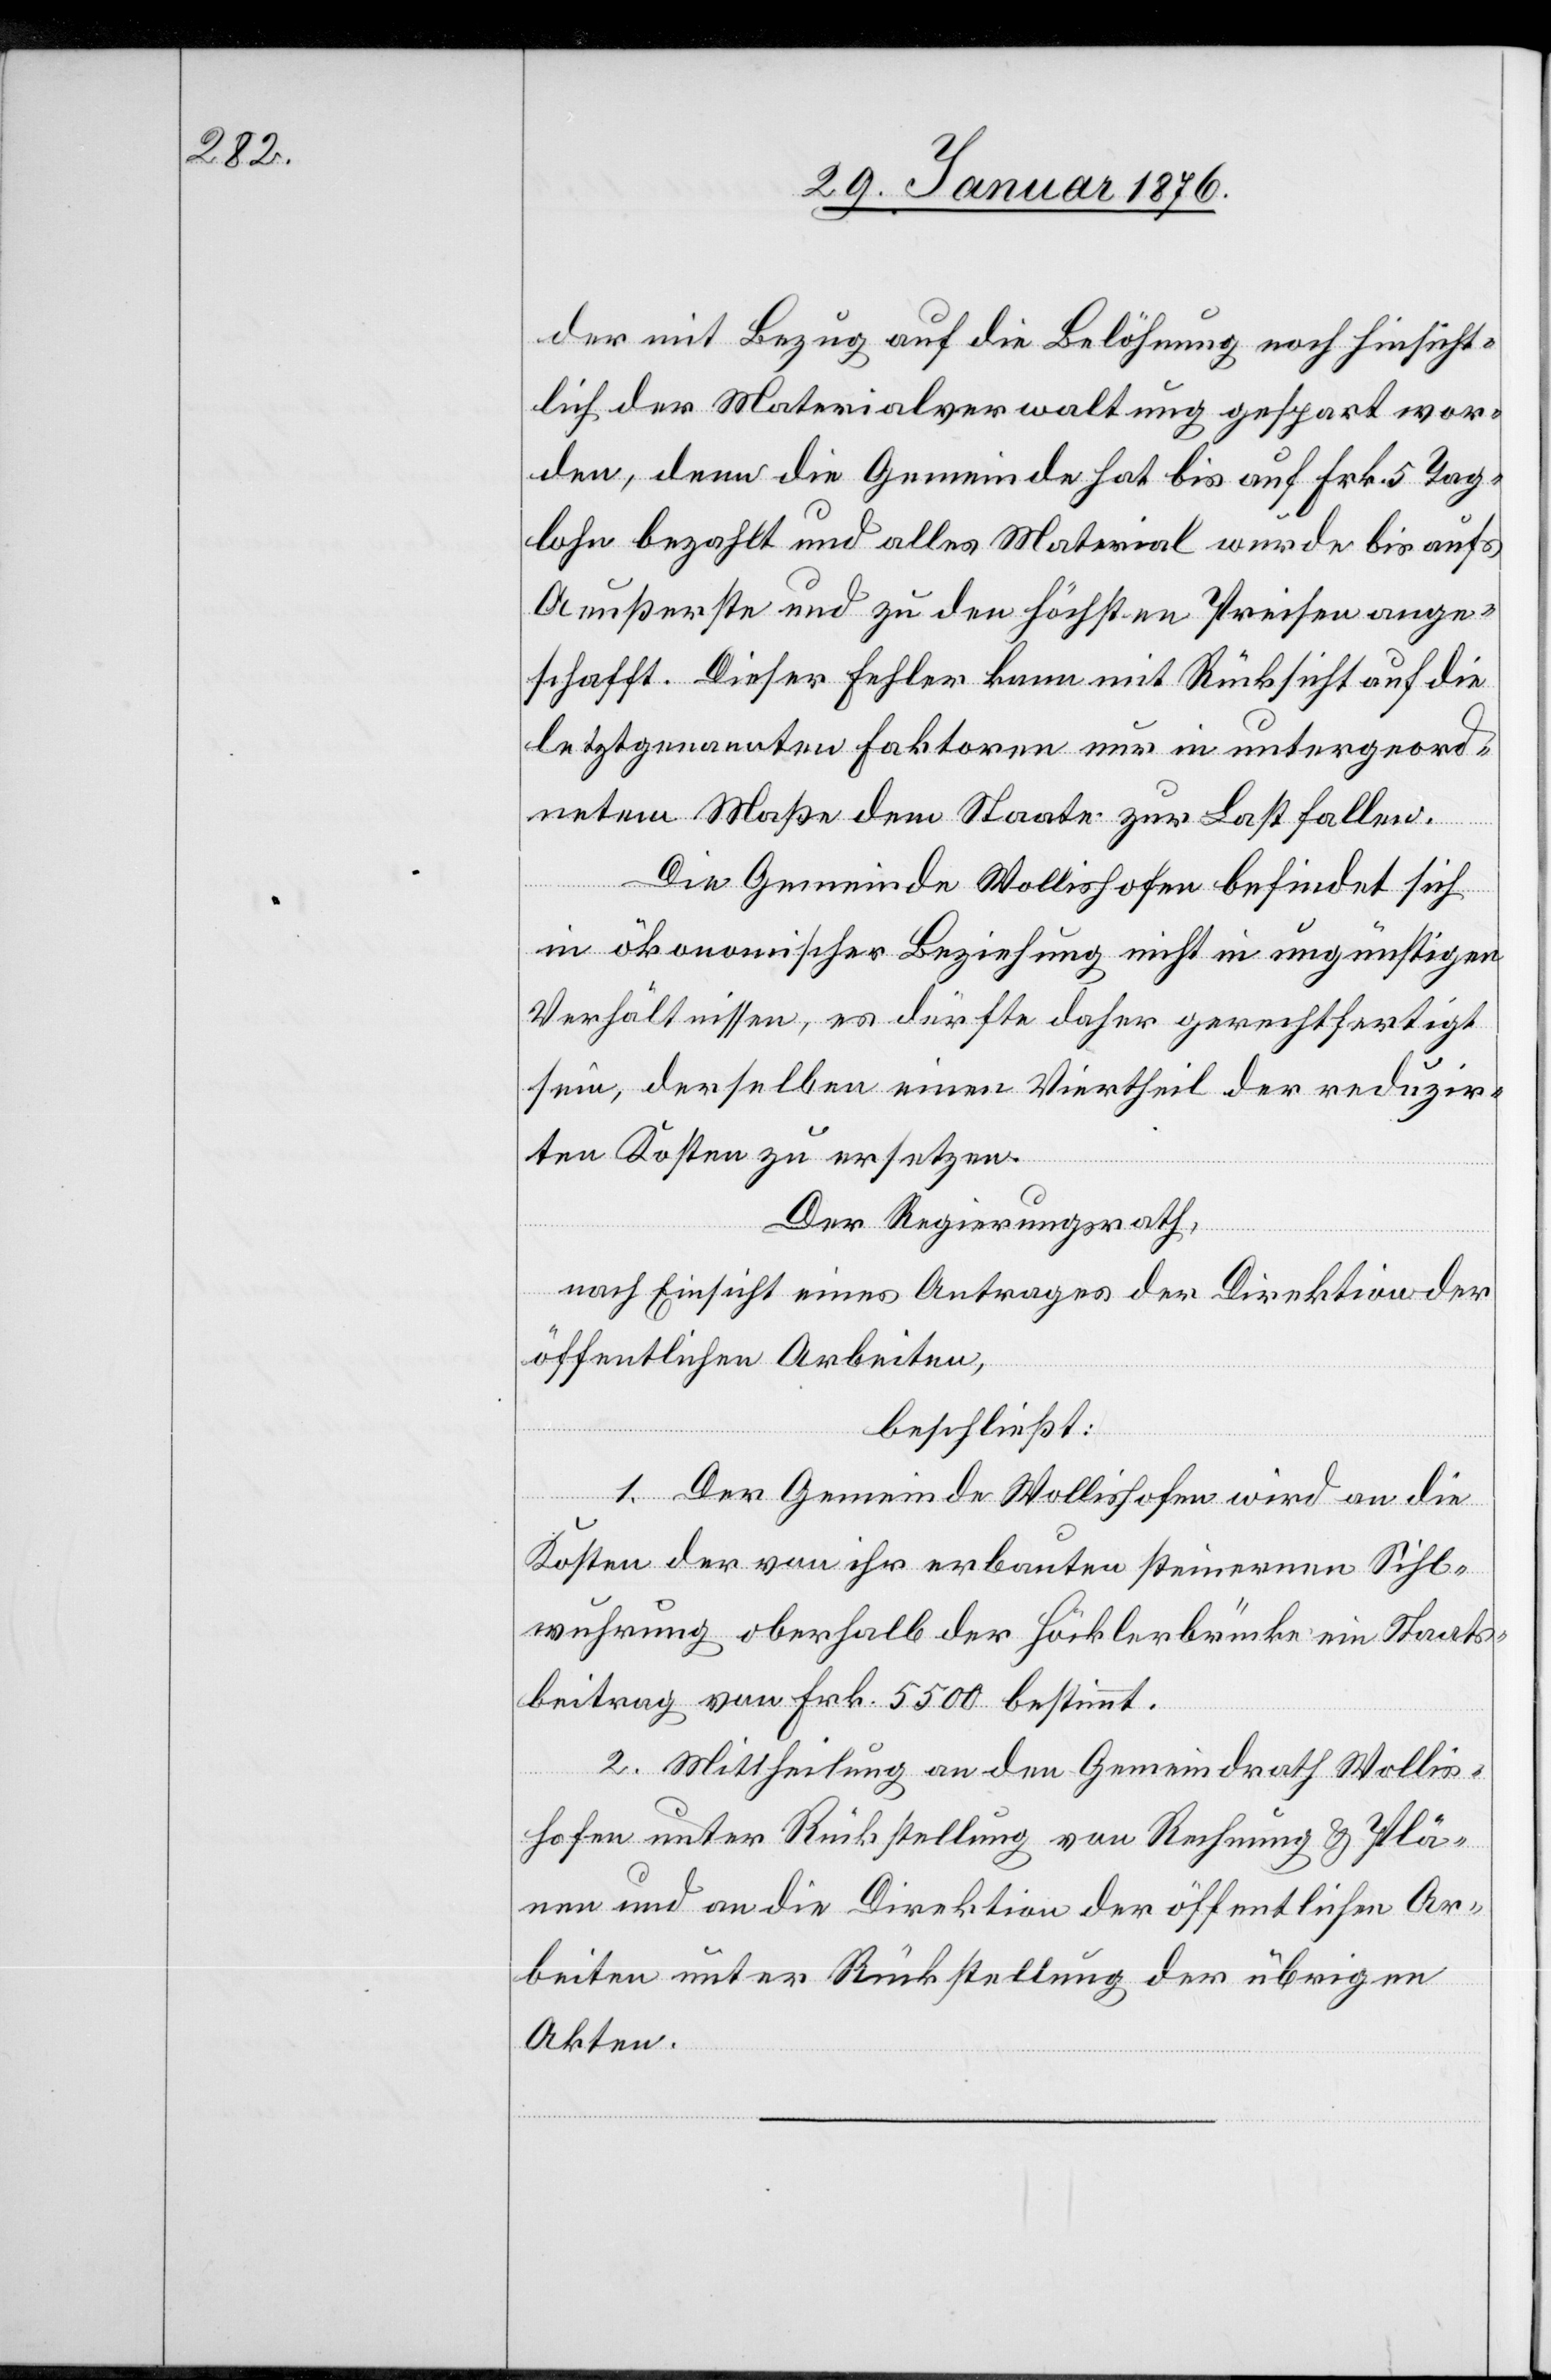
der mit Bezug auf die Belöhnung noch hinsicht¬
lich der Materialverwaltung gespart wor¬
den, denn die Gemeinde hat bis auf Frk. 5 Tag¬
lohn bezahlt und alles Material wurde bis aufs
Aeußerste und zu den höchsten Preisen ange¬
schafft. Dieser Fehler kann mit Rücksicht auf die
letztgenannten Faktoren nur in untergeord¬
netem Maße dem Staate zur Last fallen.
Die Gemeinde Wollishofen befindet sich
in ökonomischer Beziehung nicht in ungünstigen
Verhältnissen, es dürfte daher gerechtfertigt
sein, derselben einen Viertheil der reduzir¬
ten Kosten zu ersetzen.
Der Regierungsrath,
nach Einsicht eines Antrages der Direktion der
öffentlichen Arbeiten,
beschließt:
1. Der Gemeinde Wollishofen wird an die
Kosten der von ihr erbauten steinernen Sihl¬
wuhrung oberhalb der Höcklerbrücke ein Staats¬
beitrag von Frk. 5500 bestimmt.
2. Mittheilung an den Gemeindrath Wollis¬
hofen unter Rückstellung von Rechnung u. Plä¬
nen und an die Direktion der öffentlichen Ar¬
beiten unter Rückstellung der übrigen
Akten.